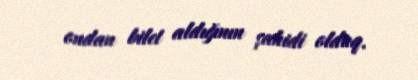
ondan bilet aldığının şahidi olduq.